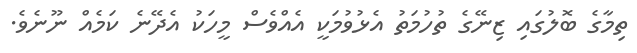
ތިމާގެ ބޮލުގައި ޒިނޭގެ ތުހުމަތު އެޅުވުމަކީ އެއްވެސް މީހަކު އެދޭނެ ކަމެއް ނޫނެވެ.